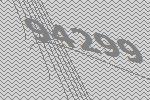
94299